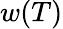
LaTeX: w(T)